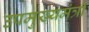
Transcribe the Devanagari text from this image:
उपमुख्‍यमंत्री